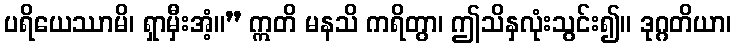
ပရိယေဿာမိ၊ ရှာမှီးအံ့။” ဣတိ မနသိ ကရိတွာ၊ ဤသိနှလုံးသွင်း၍။ ဒုဂ္ဂတိယာ၊